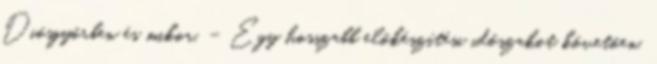
Diósgyőrben és mikor. – Egy hosszabb előkészítési időszakot követően,